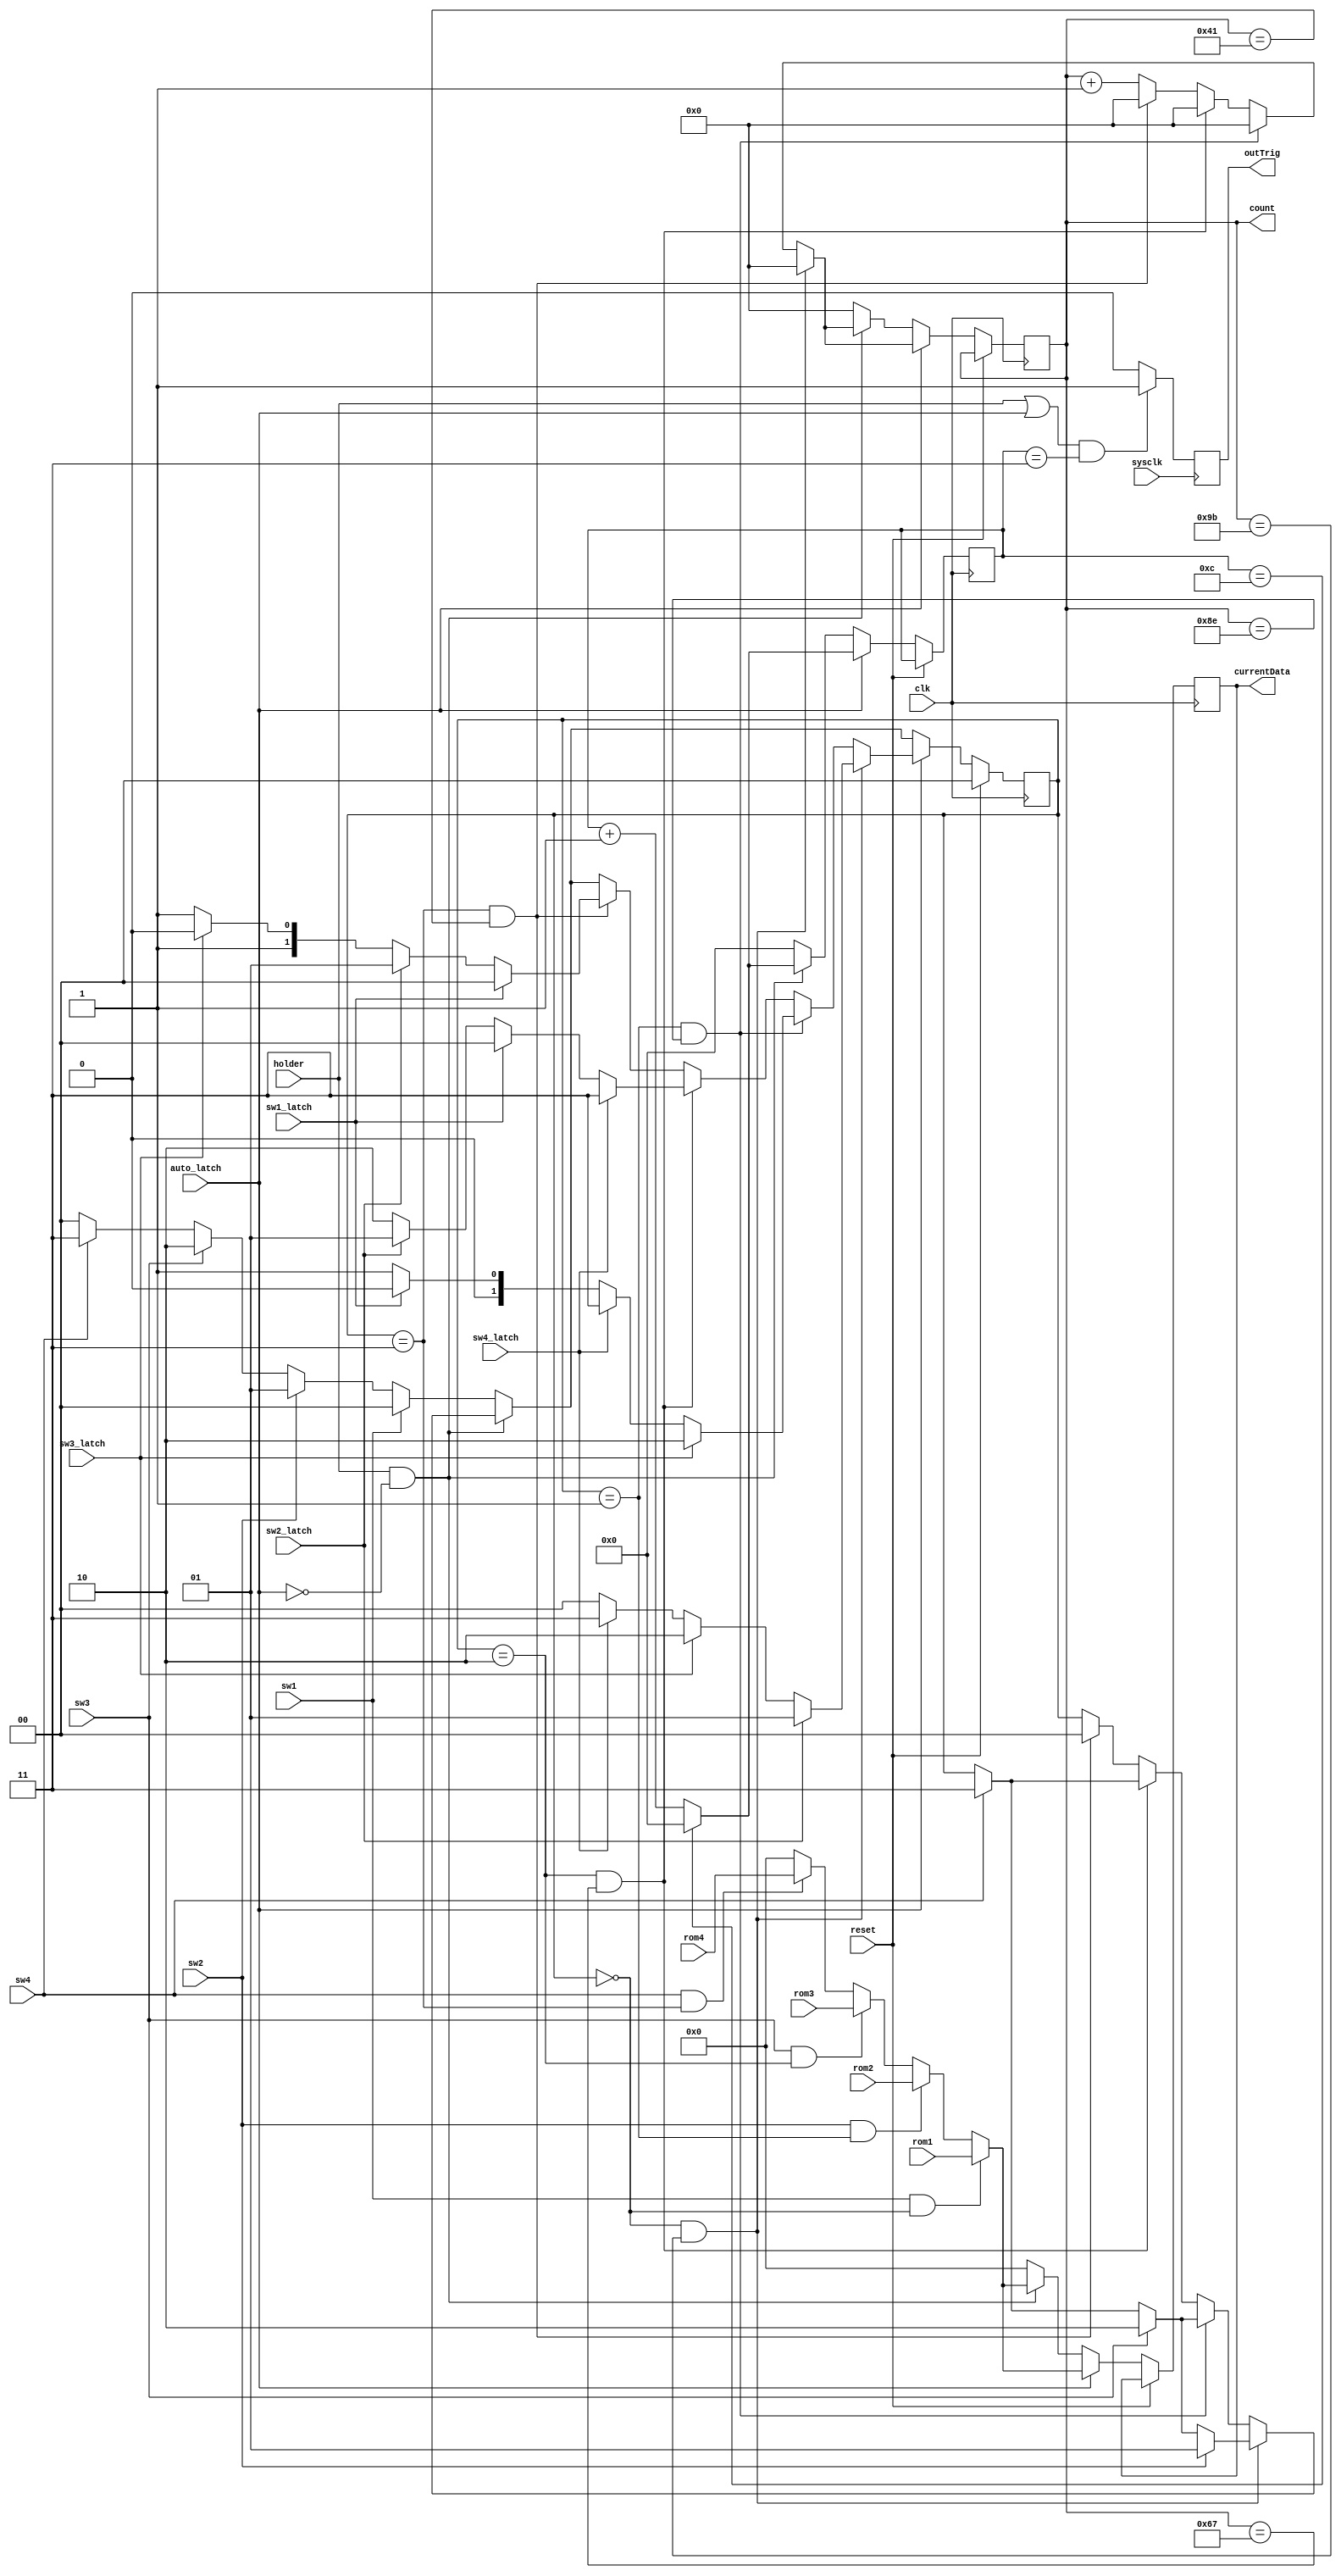
module splitter (
	input wire sysclk,
	input wire clk,
	input wire sw1,
	input wire sw2,
	input wire sw3,
	input wire sw4,
	input wire reset,
	input wire holder,
	input wire auto_latch,
	input wire sw1_latch,
	input wire sw2_latch,
	input wire sw3_latch,
	input wire sw4_latch,	
	input wire [7:0] rom1,
	input wire [7:0] rom2,
	input wire [7:0] rom3,
	input wire [7:0] rom4,
	output reg [7:0] currentData,
	output reg [9:0] count,
	output reg outTrig);

	// Is this correct syntax?
	reg [1:0] signum;
	reg [3:0] count11;
	//reg [3:0] count11;
	
	always @(posedge sysclk) begin
		if (((holder==1) || (auto_latch==1)) && (count11 == 3)) begin outTrig <= 1; end
		else begin outTrig <= 0; end
	end

	
    // next state
   always @(posedge clk) begin
	if (reset) signum <= 2'b00;
	else begin if ((holder == 1) && (auto_latch == 0))
			begin
				if ((signum == 0) && (count == 155))
					begin 
						count <= 0;
						if (sw2) signum <= 1;
						else if (sw3) signum <= 2;
						else if (sw4) signum <= 3;
					end
				else if ((signum == 1) && (count == 142))
					begin 
						if (sw3) signum <= 2;
						else if (sw4) signum <= 3;
						count <= 0;
					end
				else if ((signum == 2) && (count == 103))
					begin 
						if (sw4) signum <= 3;
						count <= 0;
					end
				else if ((signum == 3) && (count == 65))
					begin 
						signum <= 0;
						count <= 0;
					end
				else 	count <= count + 1;
				
				if (count11 == 12) count11<=4'b0000;
				else count11 <= count11 + 1;
				
				if ((sw1 == 1) && (signum == 0))
					begin 
						currentData <= rom1;
					end
				else if ((sw2== 1) && (signum == 1))
					begin 
						currentData <= rom2;
					end 
				else if ((sw3 == 1) && (signum == 2))
					begin 
						currentData <= rom3;
					end
				else if ((sw4 == 1) && (signum == 3))
					begin 
						currentData <= rom4;
					end
				else currentData <= 8'b00000000;
			end
		else 
			begin
				count <= 0;
				count11 <= 0;
				currentData <= 8'b00000000;
				if (sw1 == 1) signum <= 0;
				else if (sw2 == 1) signum <= 1;
				else if (sw3 == 1) signum <= 2;
				else if (sw4 == 1) signum <= 3;
				else signum <= 0;
			end
			
			
		if (auto_latch == 1)
			begin
				if ((signum == 0) && (count == 155))
					begin 
						count <= 0;
						if (sw2_latch==1) signum <= 1;
						else if (sw3_latch == 1) signum <= 2;
						else if (sw4_latch == 1) signum <= 3;
						else signum <= 0;
					end
				else if ((signum == 1) && (count == 142))
					begin 
						count <= 0;
						if (sw3_latch==1) signum <= 2;
						else if (sw4_latch == 1) signum <= 3;
						else if (sw1_latch == 1) signum <= 0;
						else signum <= 1;
					end
				else if ((signum == 2) && (count == 103))
					begin 
						count <= 0;
						if (sw4_latch==1) signum <= 3;
						else if (sw1_latch == 1) signum <= 0;
						else if (sw2_latch == 1) signum <= 1;
						else signum <= 2;
					end
				else if ((signum == 3) && (count == 65))
					begin 
						count <= 0;
						if (sw1_latch==1) signum <= 0;
						else if (sw2_latch == 1) signum <= 1;
						else if (sw3_latch == 1) signum <= 2;
						else signum <= 3;
					end
				else 	count <= count + 1;
				
				if (count11 == 12) count11<=4'b0000;
				else count11 <= count11 + 1;
				
/*				if ((count11 == 0) || (count11 == 9) ||(count11 == 10)) currentData <= 8'b00000000;
				else	begin*/
					if ((sw1 == 1) && (signum == 0))
						begin 
							currentData <= rom1;
						end
					else if ((sw2== 1) && (signum == 1))
						begin 
							currentData <= rom2;
						end 
					else if ((sw3 == 1) && (signum == 2))
						begin 
							currentData <= rom3;
						end
					else if ((sw4 == 1) && (signum == 3))
						begin 
							currentData <= rom4;
						end
					else currentData <= 8'b00000000;
					end
					//end
		end
		end
endmodule